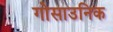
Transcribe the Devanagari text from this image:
गोसाउनिक